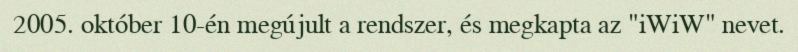
2005. október 10-én megújult a rendszer, és megkapta az "iWiW" nevet.